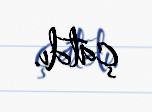
çatdı.